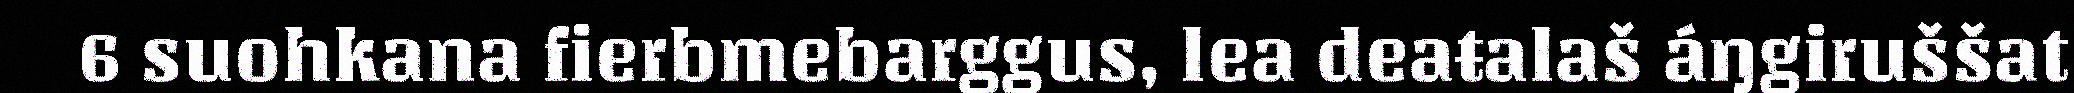
6 suohkana fierbmebarggus, lea deaŧalaš áŋgiruššat